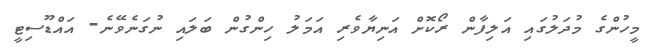
މީހުންގެ މުދަލުގައި އަލިފާން ރޯކޮށް އަނިޔާވެރި އަމަލު ހިންގުން ބަލައި ނުގަނެވޭނެ- އައްޑޫސިޓީ